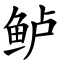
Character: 鲈